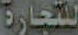
للتجارة